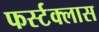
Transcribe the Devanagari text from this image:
फर्स्टक्लास